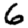
Digit: 6